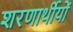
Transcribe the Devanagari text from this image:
शरणार्थीयों